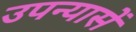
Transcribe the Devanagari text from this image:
उपन्यासें